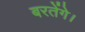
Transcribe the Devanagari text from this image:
बरतेंगे।